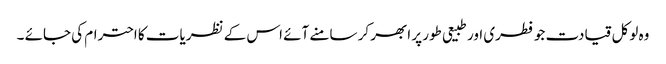
وہ لوکل قیادت جو فطری اور طبیعی طور پر ابھر کر سامنے آئے اس کے نظریات کا احترام کی جائے ۔